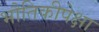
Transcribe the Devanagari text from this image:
भौतिकीपेक्षा